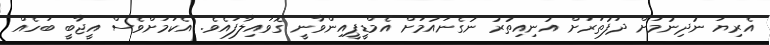
އެރިޔަ ނުދިނުމަށް ދަފުތަރަށް އުނިއިތުރު ނުގެނައުމަށް އެމްޑީޕީއިންވާނީ ގޮވައިލާފައެވެ. އެކަމަށްވެސް އީޖާބީ ބަހެއް